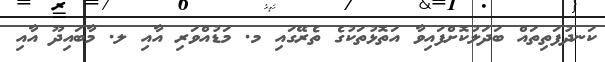
ކަނދުފަތިތައް ބަދަލުކޮށްފައިވާ އަތޮޅުތަކުގެ ތެރޭގައި މ. މަޑުއްވަރި އާއި ލ. މާބައިދޫ އާއި